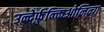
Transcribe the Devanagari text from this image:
उन्देर्फ़ुन्क्तिओनिन्ग